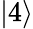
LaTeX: \left|4\right>